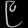
Digit: ၉